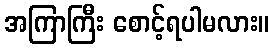
အကြာကြီး စောင့်ရပါမလား။